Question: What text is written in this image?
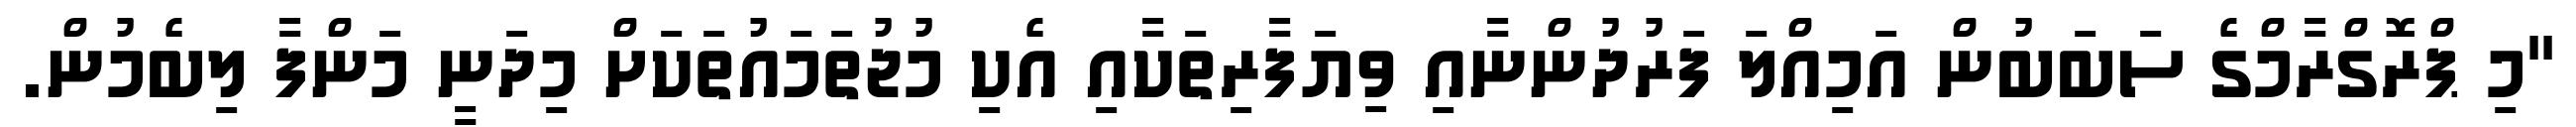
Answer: "މި ޕްރޮގްރާމްގެ ސަބަބުން އަމިއްލަ ފަރުދުންނާއި ވިޔަފާރިތަކާއި އެކި މުޖުތަމައުތަކަށް މިދަނީ މަންފާ ލިބެމުން.